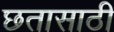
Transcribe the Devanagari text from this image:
छतासाठी